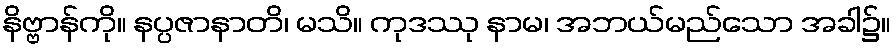
နိဗ္ဗာန်ကို။ နပ္ပဇာနာတိ၊ မသိ။ ကုဒဿု နာမ၊ အဘယ်မည်သော အခါ၌။